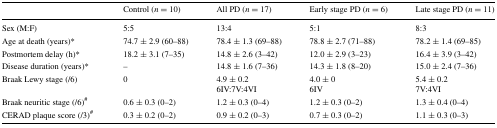
|  | Control (n = 10) | All PD (n = 17) | Early stage PD (n = 6) | Late stage PD (n = 11) |
 | --- | --- | --- | --- | --- |
 | Sex (M:F) | 5:5 | 13:4 | 5:1 | 8:3 |
 | Age at death (years)* | 74.7 ± 2.9 (60–88) | 78.4 ± 1.3 (69–88) | 78.8 ± 2.7 (71–88) | 78.2 ± 1.4 (69–85) |
 | Postmortem delay (h)* | 18.2 ± 3.1 (7–35) | 14.8 ± 2.6 (3–42) | 12.0 ± 2.9 (3–23) | 16.4 ± 3.9 (3–42) |
 | Disease duration (years)* | – | 14.8 ± 1.6 (7–36) | 14.3 ± 1.8 (8–20) | 15.0 ± 2.4 (7–36) |
 | Braak Lewy stage (/6) | 0 | 4.9 ± 0.26IV:7V:4VI | 4.0 ± 06IV | 5.4 ± 0.27V:4VI |
 | Braak neuritic stage (/6)# | 0.6 ± 0.3 (0–2) | 1.2 ± 0.3 (0–4) | 1.2 ± 0.3 (0–2) | 1.3 ± 0.4 (0–4) |
 | CERAD plaque score (/3)# | 0.3 ± 0.2 (0–2) | 0.9 ± 0.2 (0–3) | 0.7 ± 0.3 (0–2) | 1.1 ± 0.3 (0–3) |